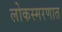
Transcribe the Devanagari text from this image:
लोकस्मरणात